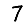
Digit: 7